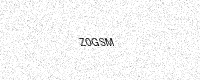
Text: Z0GSM